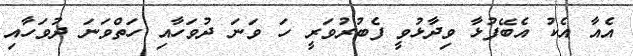
އެއާ އެކު އެބޭފުޅާ ވިދާޅުވީ ފެބުރުވަރީ ހަ ވަނަ ދުވަހާއި ހަތްވަނަ ދުވަހާއި